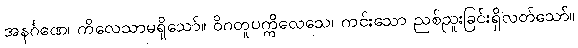
အနင်္ဂဏေ၊ ကိလေသာမရှိသော်။ ဝိဂတူပက္ကိလေသေ၊ ကင်းသော ညစ်ညူးခြင်းရှိလတ်သော်။